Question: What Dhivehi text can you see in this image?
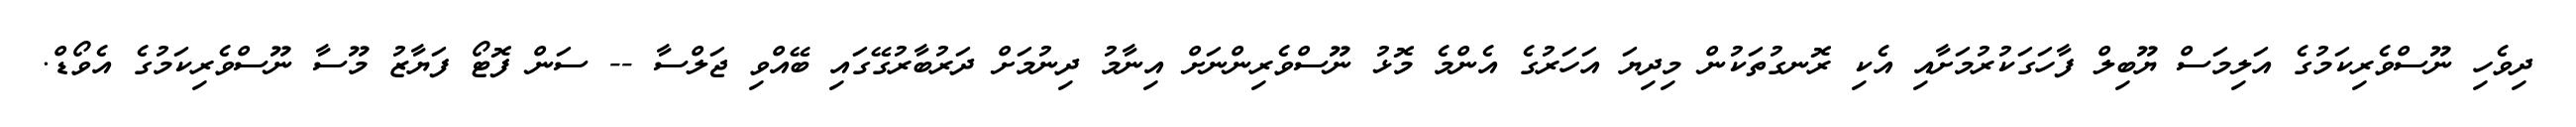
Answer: ދިވެހި ނޫސްވެރިކަމުގެ އަލިމަސް ޔޫބިލް ފާހަގަކުރުމަށާއި އެކި ރޮނގުތަކުން މިދިޔަ އަހަރުގެ އެންމެ މޮޅު ނޫސްވެރިންނަށް އިނާމު ދިނުމަށް ދަރުބާރުގޭގައި ބޭއްވި ޖަލްސާ -- ސަން ފޮޓޯ ފަޔާޒު މޫސާ ނޫސްވެރިކަމުގެ އެވޯޑް.